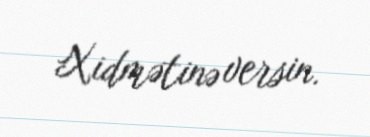
Xidmətinə versin.